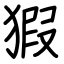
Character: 猳